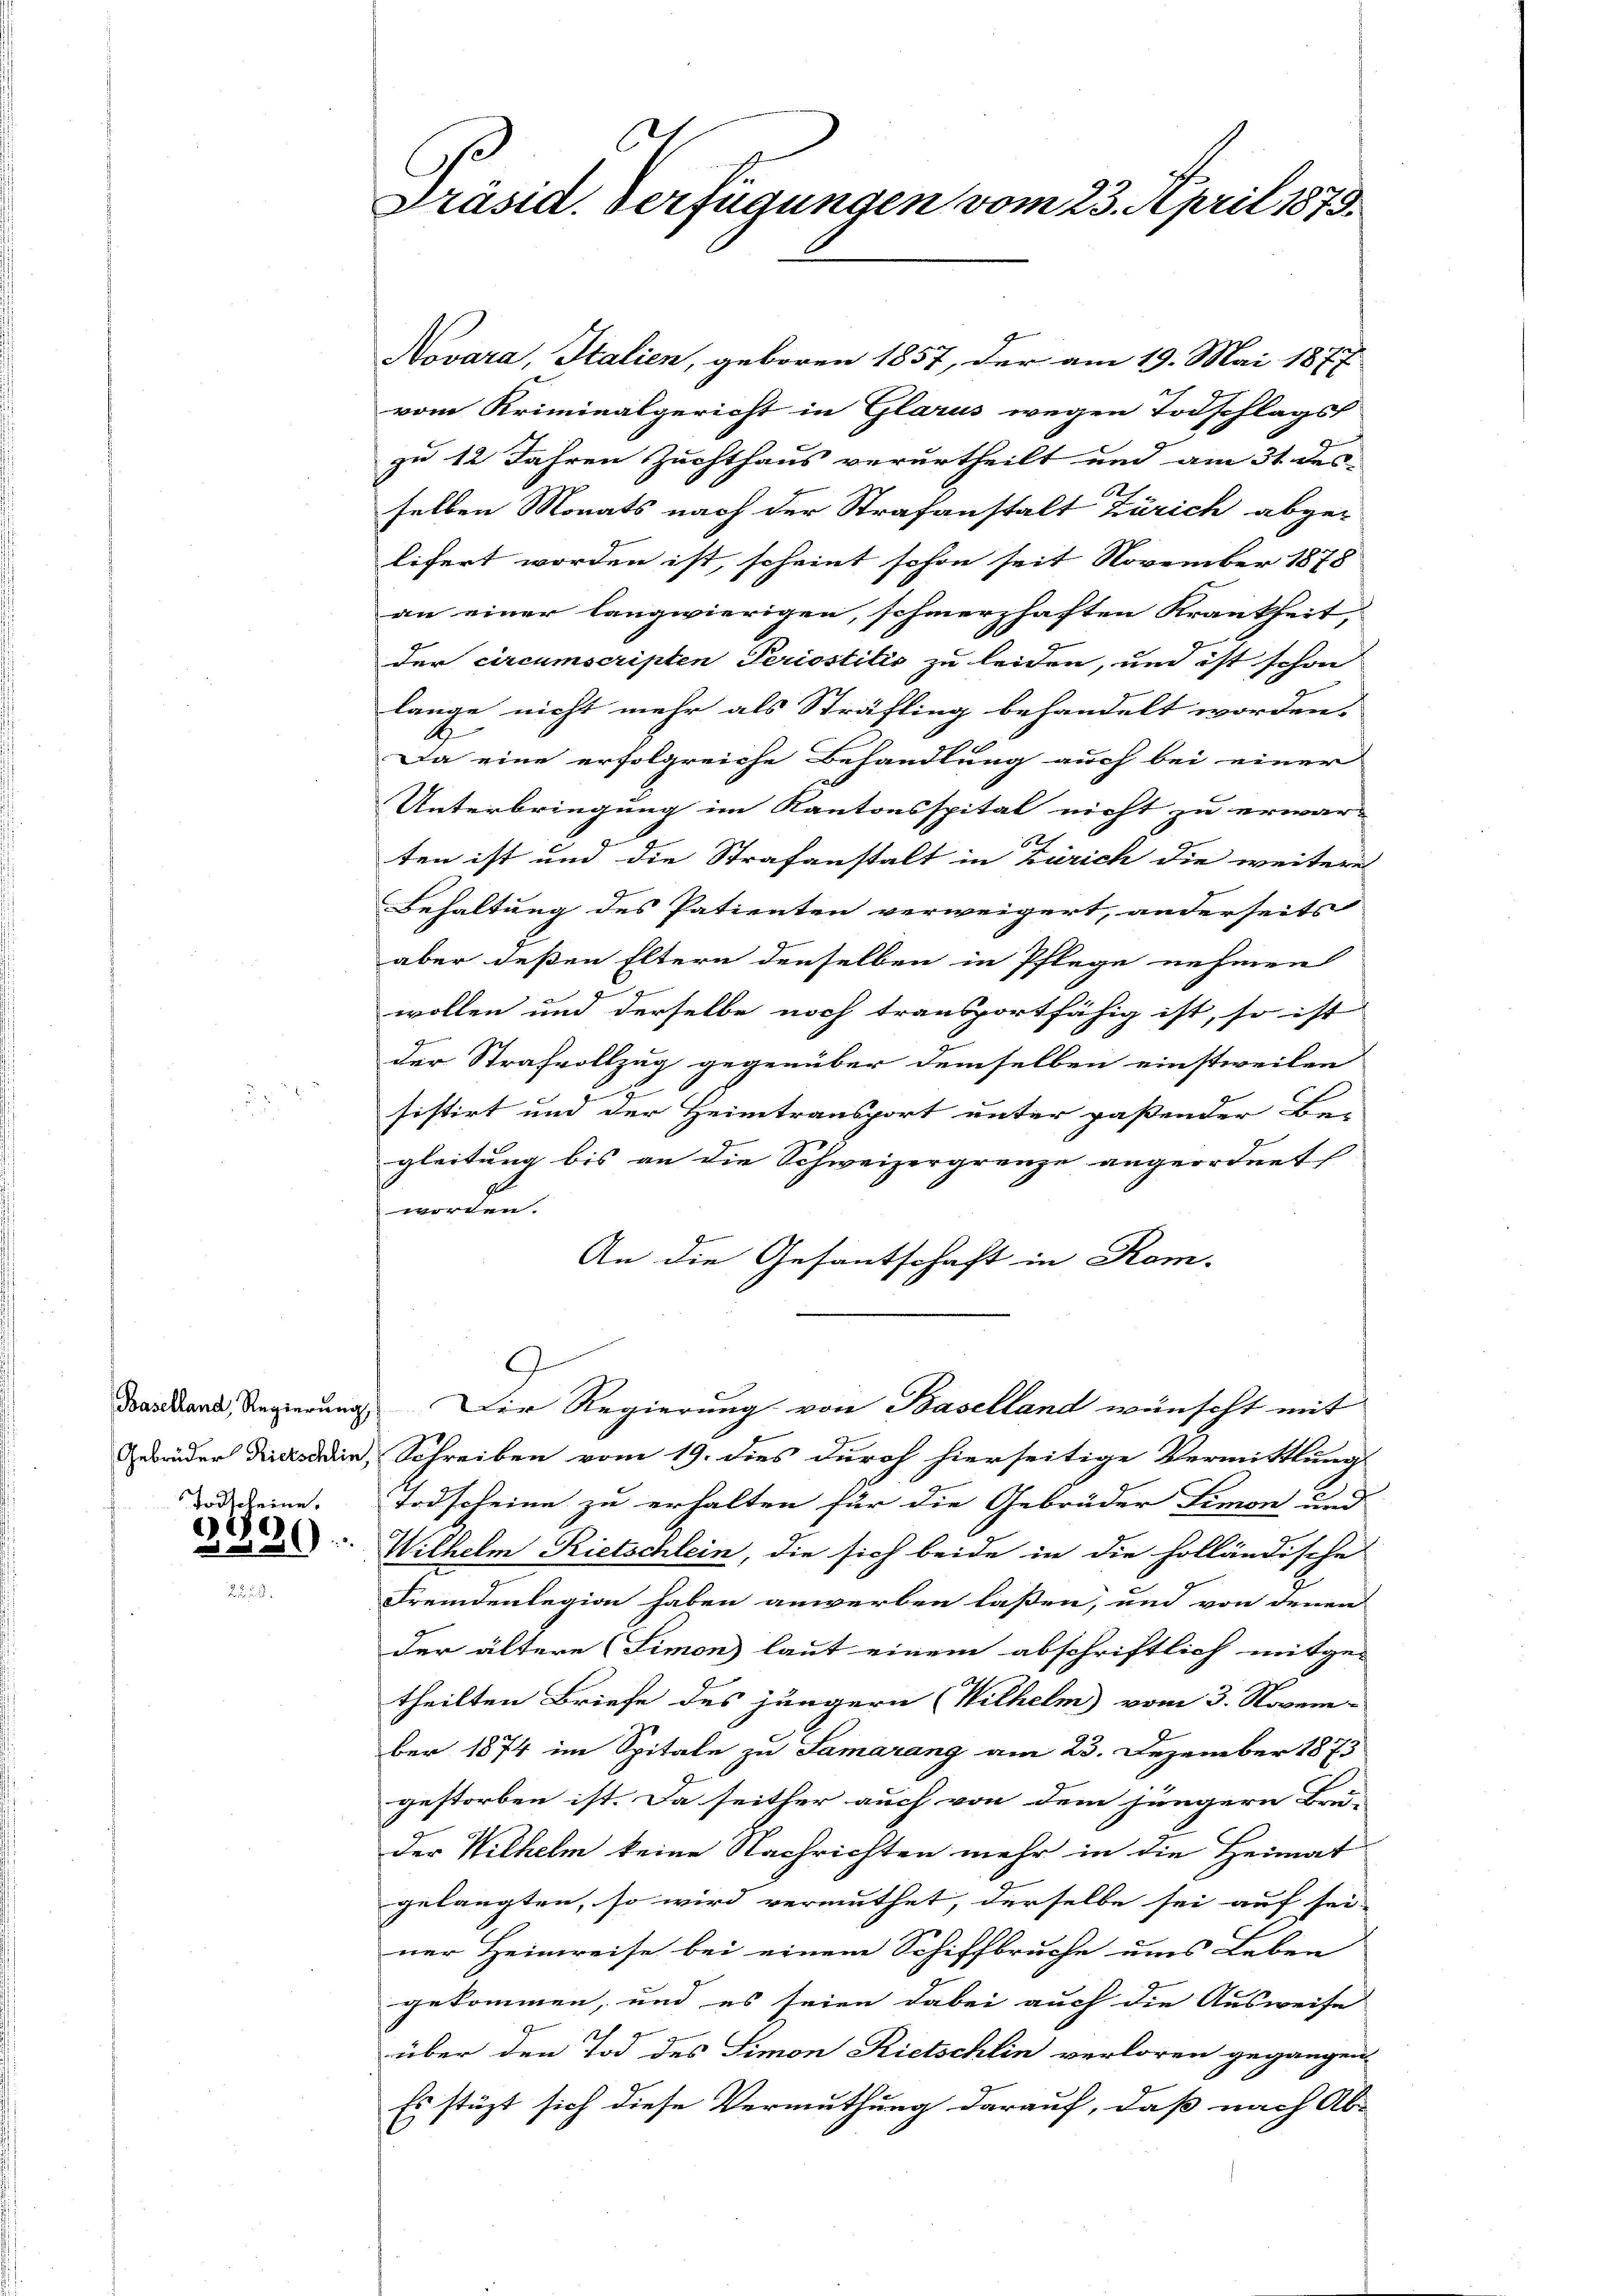
Todscheine.

1)

Präsid. Verfügungen vom 23. April 1879.

Novara, Italien, geboren 1857, der am 19. Mai 1877.
vom Kriminalgericht in Glarus wegen Todschlags
zu 12 Jahren Zuchthaus verurtheilt und am 31 des
selben Monats nach der Strafanstalt Zürich abge-
lifert worden ist, scheint schon seit November 1878
an einer langwierigen, schmerzhaften Krankheit,
der circumscripten Periostilis zu leiden, und ist schon
lange nicht mehr als Sträfling behandelt worden.
A
Da eine erfolgreiche Behandlung auch bei einer
Unterbringung im Kantonsspital nicht zu erwar-
62
ten ist und die Strafanstalt in Zürich die weitere
Behaltung des Patienten verweigert, anderseits
aber deßen Eltern denselben in Pflege nehmen
wollen und derselbe noch transportfähig ist, so ist
der Strafvollzug gegenüber demselben einstweilen
sistirt und der Heimtransport unter paßender Be-
gleitung bis an die Schweizergrenze angeordnet
werden.
An die Gesantschaft in Kom-
.
Dastand, Regierung. Der Regierung von Baselland wünscht mit
Gebrüder Dielsden, Schreiben vom 19. dies durch hierseitige Vermittlung
Todscheine zu erhalten für die Gebrüder Simon und
Wilhelm Rietschlein, die sich beide in die holländische
Fremdenlegion haben anwerben laßen, und von denen
der ältere (Limon laut einem abschriftlich mitge-
theilten Briefe des jüngern (Wilhelm vom 3. Novem-
ber 1874 im Spitale zu Samarang am 23. Dezember 1873
gestorben ist. Da seither auch von dem jüngern Bru-
der Wilhelm keine Nachrichten mehr in die Heimat
gelangten, so wird vermuthet, derselbe sei auf sei-
ner Heimreise bei einem Schiffbruche ums Leben
gekommen, und es seien dabei auch die Ausweise
über den Tod des Simon Rietschlin verloren gegangen,
Es stüzt sich diese Vermuthung darauf, daß nach Ab-